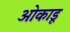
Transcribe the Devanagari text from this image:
ओकाडू